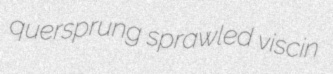
quersprung sprawled viscin